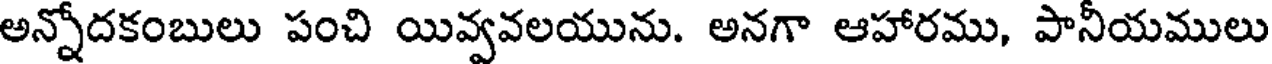
అన్నోదకంబులు పంచి యివ్వవలయును. అనగా ఆహారము, పానీయములు